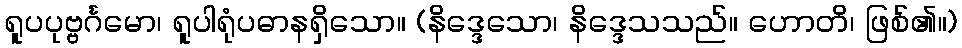
ရူပပုဗ္ဗင်္ဂမော၊ ရူပါရုံပဓာနရှိသော။ (နိဒ္ဒေသော၊ နိဒ္ဒေသသည်။ ဟောတိ၊ ဖြစ်၏။)